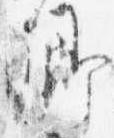
卿